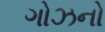
ગોઝનો